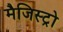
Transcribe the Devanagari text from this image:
मैजिस्ट्रो